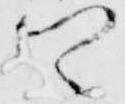
卿